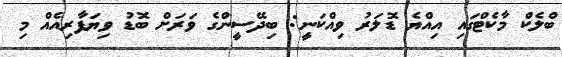
ބްލެކް މާކެޓްގައި އިއްޔެ ޑޮލަރު ވިއްކަނީ: ބިދޭސީންގެ ވަރަށް ބޮޑު ވިޔަފާރިއެއް މި